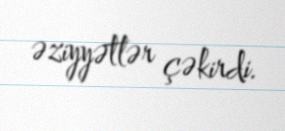
əziyyətlər çəkirdi.